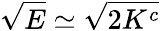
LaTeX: \sqrt{E}\simeq\sqrt{2K^{c}}